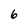
Character: 6